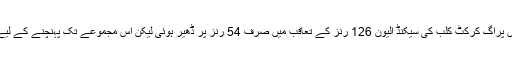
چیک کرکٹ یونین پرو40 لیگ کے ایک مقابلے میں پراگ کرکٹ کلب کی سیکنڈ الیون 126 رنز کے تعاقب میں صرف 54 رنز پر ڈھیر ہوئی لیکن اس مجموعے تک پہنچنے کے لیے اس کے 9 کھلاڑیوں کو صفر کی ذلت اٹھانا پڑی۔